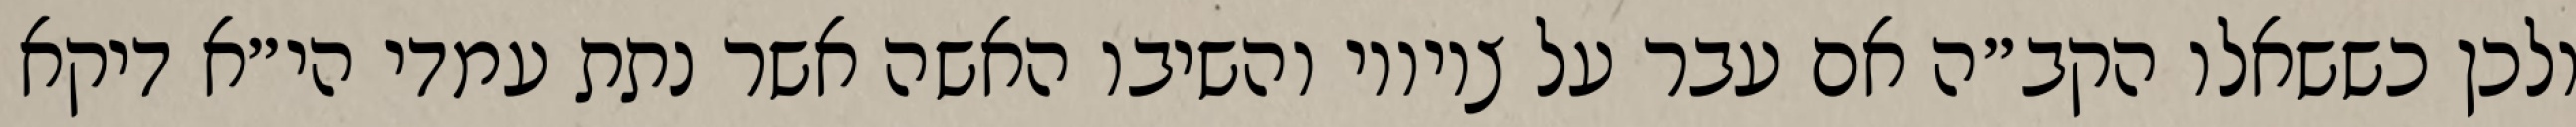
ולכן כששאלו הקב״ה אם עבר על ציוויו והשיבו האשה אשר נתת עמדי הי״א דיקא